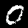
Digit: 0